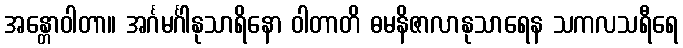
အန္တောဝါတာ။ အင်္ဂမင်္ဂါနုသာရိနော ဝါတာတိ ဓမနိဇာလာနုသာရေန သကလသရီရေ